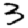
Digit: 3